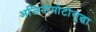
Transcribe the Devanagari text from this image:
अजिनोमोटोसुद्धा